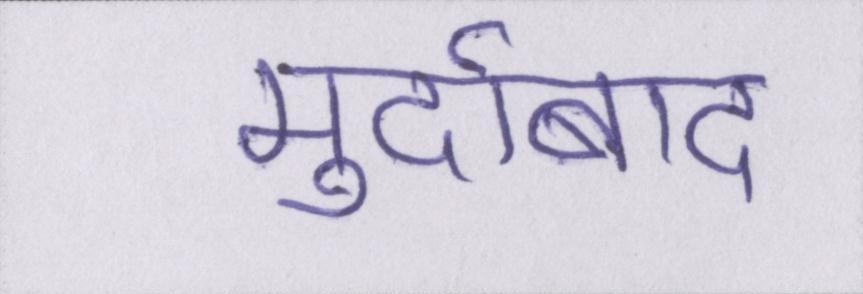
मुर्दाबाद